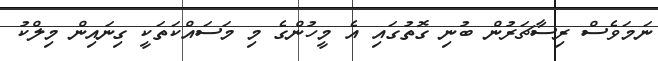
ނަމަވެސް ރިސާޗަރުން ބުނި ގޮތުގައި އެ މީހުންގެ މި މަސައްކަތަކީ ގިނައިން މިލްކު